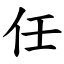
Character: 任